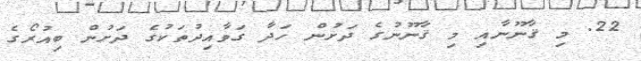
22. މި ޤާނޫނާއި މި ޤާނޫނުގެ ދަށުން ހަދާ ގަވާއިދުތަކުގެ ދަށުން ބިއުރޯގެ